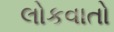
લોકવાતો